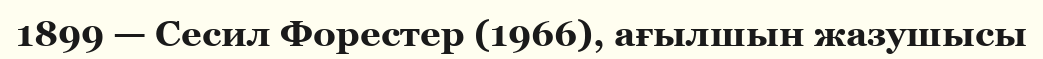
1899 — Сесил Форестер (1966), ағылшын жазушысы